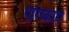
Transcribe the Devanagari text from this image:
परिष्कारों